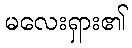
မလေးရှား၏